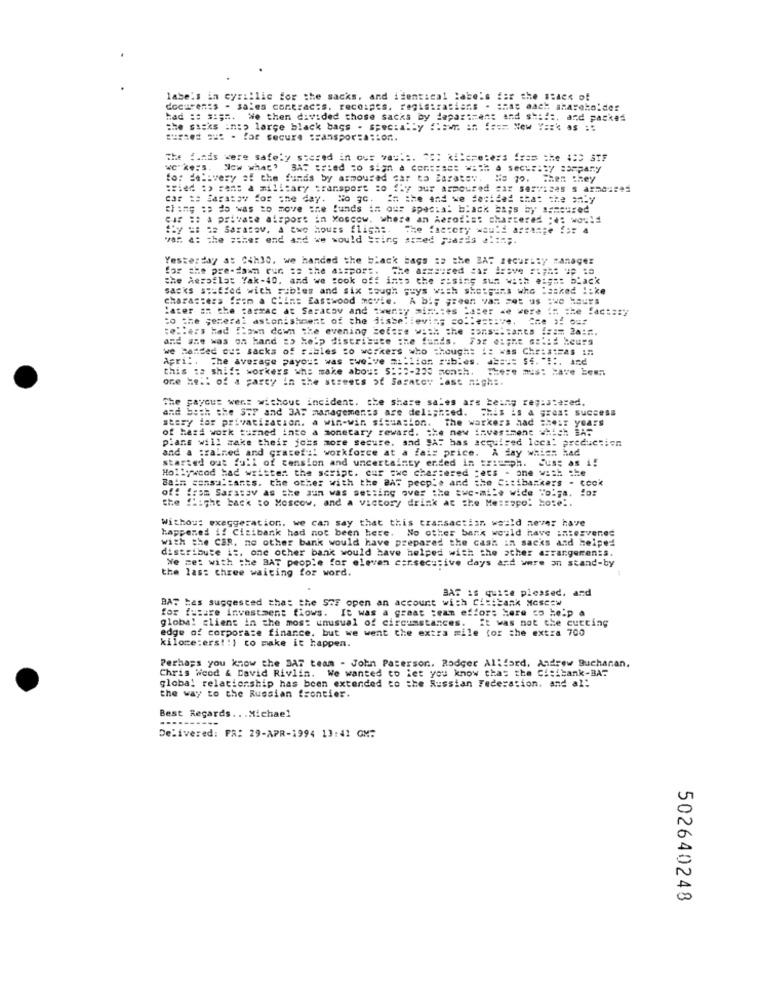
labe's in cyrillic for the sacks, and identical labe's for the Stack of
docuFenEs - sales contracts. receipts, registrasians . that each shareholder
Had == ====.
We then divided those sacks by department and shift, and packed
the risks into large black bags - specially ==== == ==== New V ==* as :*
The funds were safely stered in ous va :::. 35: kilereters fras the (CD STF
to: delivery of the funds by asmourad sar to Barat=",
:sied :> cens a military transport to fly our armoured car services s axmoises
car == Saratov for one day. No go. In the and we decided that the only
ah === == da was to move the funds == our special black as;s by ==== ured
car #: a private airport in Moscow, where an Aero ::=: chartered :: would
Aby == == Saratov, A two Hours fligh :.
The factory would assange fs= 4
war. a: the #ther end and we would == ing sized piasds =.==;.
Yesterday at Cihlo. we handed the black bags :p the ZAT security Manager
for the pre-dawn run == the assport. The axmsired car irave :: ph: up :
the Aeroflot Yak-40, and we took off ints the =ising su= ==: h e:gs: black
sacks stuffed with sibles and six Tough guys with shotguns who "asked !: ke
characters fein a Clint Eastwood movie. A bi; green van zet as :we Haurs
later on the carrac at Saratov and twenty minutes adler we were in the factory
to the general astonishment of the disbelieving so.ke === ve.
tellers had Town down the evening tot === ==== =
and she was on hand => help distribute the funds.
we handed out sacks of ribles co workers who though: :: * as Ch == === as in
Apri :. The average payo :: was twelve million sibles. 4 ==== $f. "# :. Ind
this :o shif: workers who make aboy: $ :::- 225 son=h.
one helt of a party in the streets of Sarater Last night.
The payout went without incident. the share sales are being registered.
and both the STP and 3AF managements are del :; h:ed.
This is a gras: success
stery for privatization. a win-win situation. The warkers had =" .: 7 years
of hard work turned into a monetary reward. the new investment Which BAT
pians will make their foss more secure, and JAT has acquired lcc !! preduction
and a :ralned and grateful workforce at a fais price. A day whigs had
started out full of cension and uncertainty ended in ::: ssph.
CUBE as i:
Hollywood had written the script. cur =we chartered "ets - one ==== =
Bain consultants. the other with the BAT people and the Citibankers - cook
off from Sarstav as the sun was setting over the Ewc-mile wide Tolga. for
the flight back to Moscow, and a victory drink at the Me:sapo: hose !.
Withou: exaggeration, we can say that this transaction weald never have
happened i! Citibank had not been here. No other bank would have antesvenes
with the CAR, no other bank would have prepared the cash in sacks and helped
distribute i :, one other bank would have helped with the other arrangements.
We met with the BAT people for eleven consecutive days and were an stand-by
the las: three waiting for word.
BAT is quite pleased, and
BAT tes suggested that the SCF open an account with Citibank Moscow
for future investment flows. It was a great :ean effort Here co help
global client in the most unusual of circumstances. It was not the cutting
edge of corporate finance, but we went the extra mile for the extra 700
kiloce:ers !: ) to make it happen.
Perhaps you know the DAS team - John Paterson, Rodger Aliford, Andrew Buchanan.
Chris Weed & David Rivlin. We wanted to let you know thas the Citibank-BAT
global relationship has been extended to the Russian Federation. and al:
the way to the Russian frontier.
Best Regards .. . Michael
Delivered: FR: 29-APR-1994 13:41 GM:
502640248